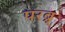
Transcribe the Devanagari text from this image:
परब्र्